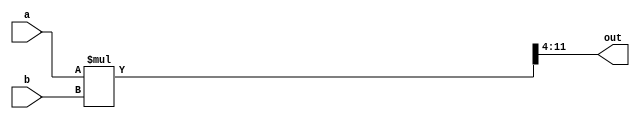
module mult8 (out, a, b);
	output [7:0] out;
	input  [7:0] a;
	input  [7:0] b;
        wire  [15:0] out1;
	assign out1 = a * b;
        assign out=out1[11:4];
endmodule